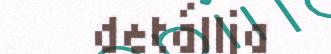
detállja